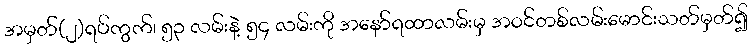
အမှတ်(၂)ရပ်ကွက်၊ ၅၃ လမ်းနဲ့ ၅၄ လမ်းကို အနော်ရထာလမ်းမှ အဝင်တစ်လမ်းမောင်းသတ်မှတ်၍